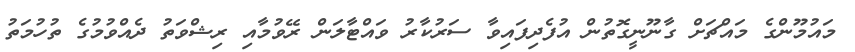
މައުމޫންގެ މައްޗަށް ގާނޫނީގޮތުން އުފެދިފައިވާ ސަރުކާރު ވައްޓާލަން ރޭވުމާއި ރިޝްވަތު ދެއްވުމުގެ ތުހުމަތު